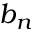
b _ { n }